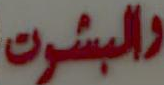
والبشوت